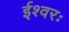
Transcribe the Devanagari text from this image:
ईश्वरः